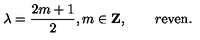
\lambda = { \frac { 2 m + 1 } { 2 } } , m \in { \bf Z } , \qquad r \mathrm { e v e n } .